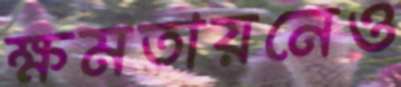
ক্ষমতায়নেও